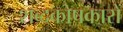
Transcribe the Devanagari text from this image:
शब्दकोषकारों